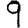
Digit: 9